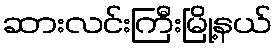
ဆားလင်းကြီးမြို့နယ်